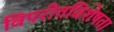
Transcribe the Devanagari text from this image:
विपरीतविशेषता